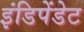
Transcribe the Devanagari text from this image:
इंडिपेंडेट